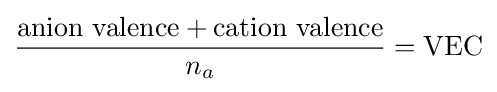
{\frac {{\text{anion valence}}+{\text{cation valence}}}{n_{a}}}={\text{VEC}}